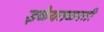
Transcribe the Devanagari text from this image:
इळैयतळपती